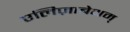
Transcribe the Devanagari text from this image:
एलिज़ाबेथम्